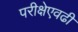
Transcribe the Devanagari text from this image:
परीक्षेएवढी